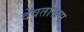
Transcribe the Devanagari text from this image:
देवताश्रम